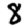
Digit: 8